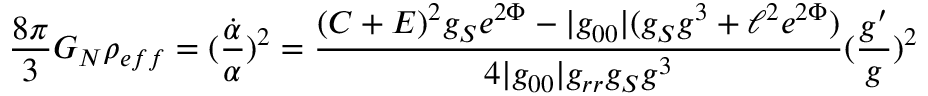
\frac { 8 \pi } { 3 } G _ { N } \rho _ { e f f } = ( \frac { \dot { \alpha } } { \alpha } ) ^ { 2 } = \frac { ( C + E ) ^ { 2 } g _ { S } e ^ { 2 \Phi } - | g _ { 0 0 } | ( g _ { S } g ^ { 3 } + \ell ^ { 2 } e ^ { 2 \Phi } ) } { 4 | g _ { 0 0 } | g _ { r r } g _ { S } g ^ { 3 } } ( \frac { g ^ { \prime } } { g } ) ^ { 2 }